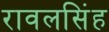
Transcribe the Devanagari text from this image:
रावलसिंह